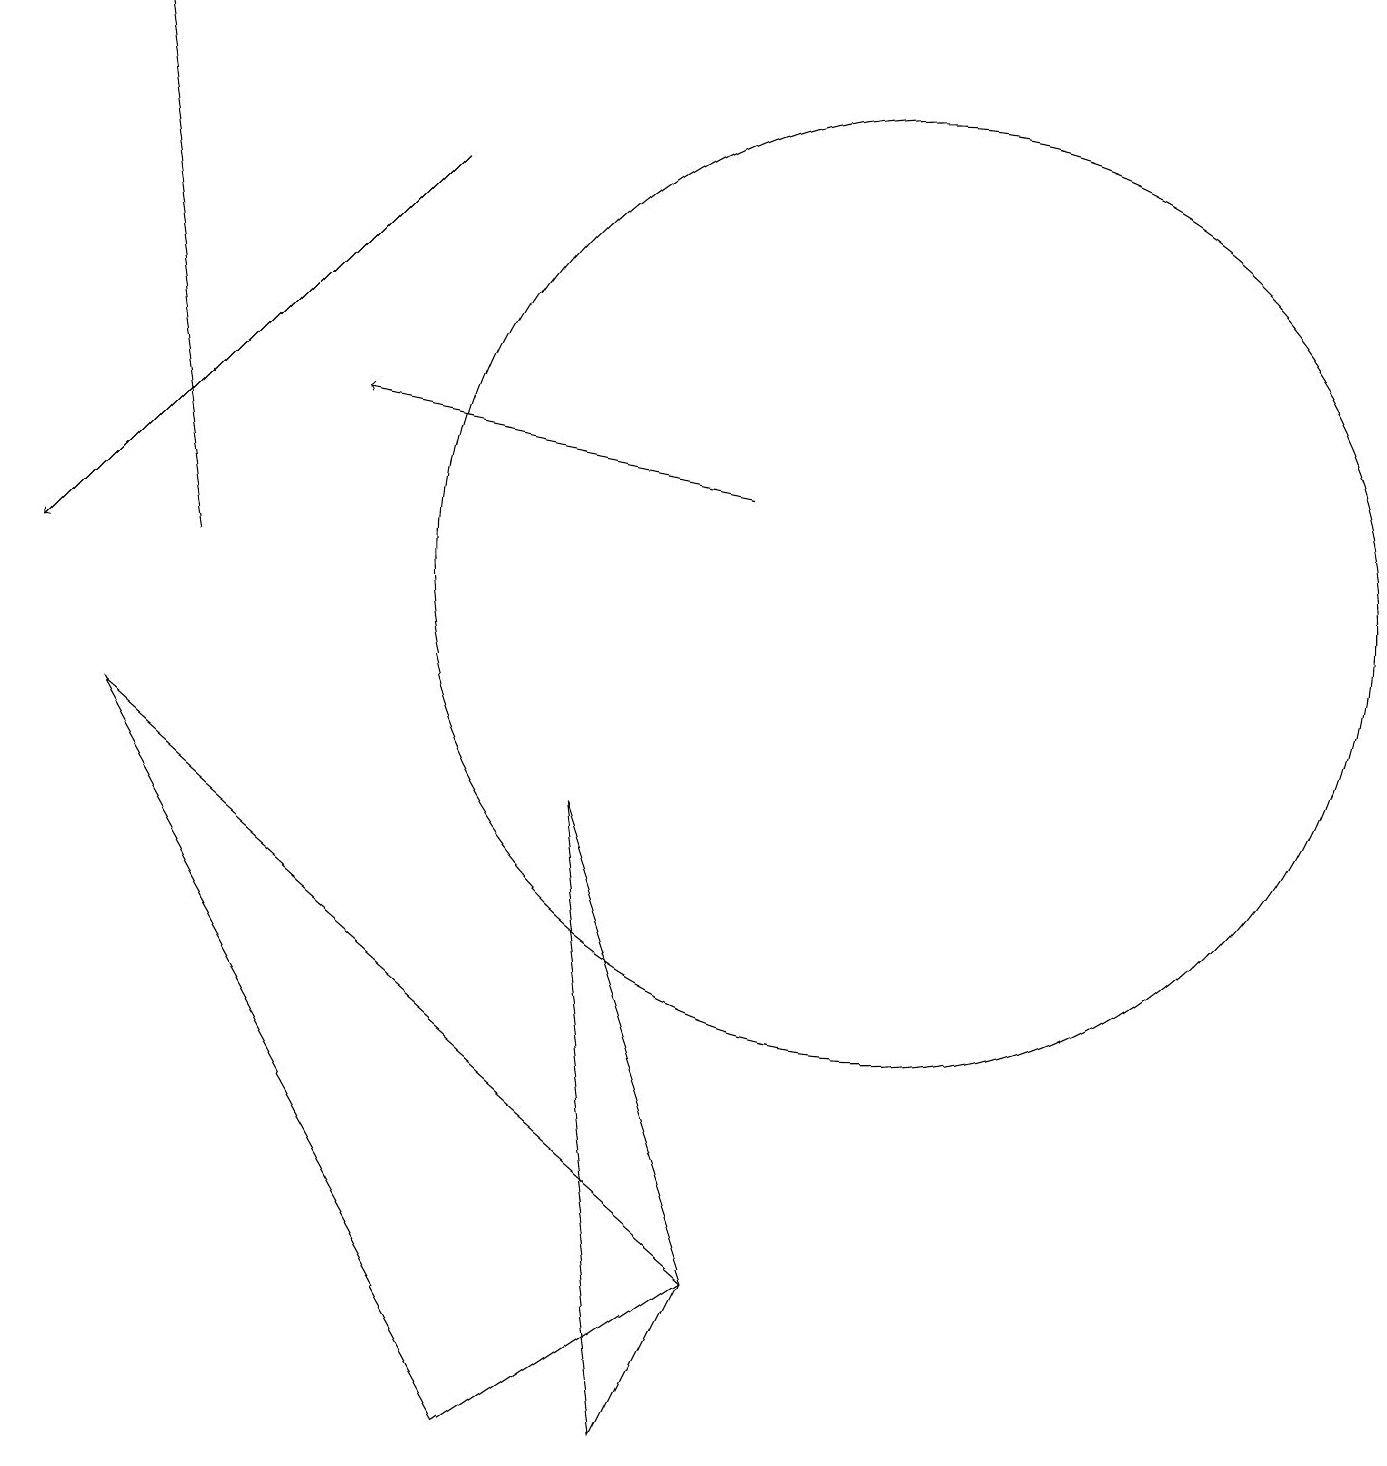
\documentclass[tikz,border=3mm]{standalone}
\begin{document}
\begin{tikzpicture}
\draw[->] (5,16) -- (0,11);
\draw[->] (2,11) -- (1,18);
\draw[->] (9,12) -- (4,13);
\draw (1,9) -- (6,0) -- (9,2) -- cycle;
\draw (8,0) -- (7,8) -- (9,2) -- cycle;
\draw (11,11) circle (6);
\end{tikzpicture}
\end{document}